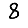
Digit: 8